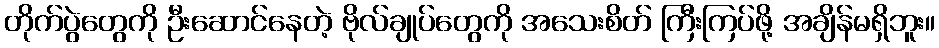
တိုက်ပွဲတွေကို ဦးဆောင်နေတဲ့ ဗိုလ်ချုပ်တွေကို အသေးစိတ် ကြီးကြပ်ဖို့ အချိန်မရှိဘူး။